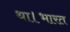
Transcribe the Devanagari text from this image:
था।भारत